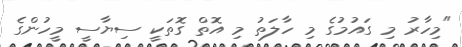
"މިހާރު މި ގައުމުގެ މި ހާލަތު މި އޮތް ގޮތަކީ ސިޔާސީ މީހުންގެ